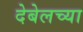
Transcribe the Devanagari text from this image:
देबेलच्या